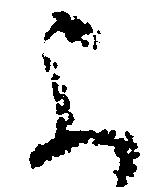
よ